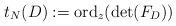
LaTeX: \begin{align*}t_{N}(D):=\mathrm{ord}_{z}(\mathrm{det}(F_{D}))\end{align*}